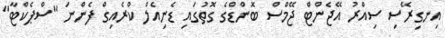
އިނގިރޭސި ސިއްރު އޭޖެންޓް ޖޭމްސް ބޮންޑްގެ ގޮތުގައި ޑެނިއެލް ކްރެއިގް ފެންނަ "ސްޕެކްޓާ"